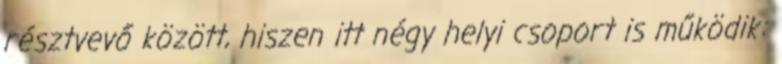
résztvevő között, hiszen itt négy helyi csoport is működik: